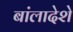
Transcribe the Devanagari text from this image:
बांलादेशे